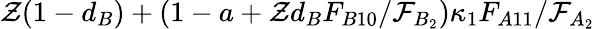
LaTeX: \mathcal{Z}(1-d_{B})+(1-a+\mathcal{Z}d_{B}F_{B10}/\mathcal{F}_{B_{2}})\kappa_{1}F_{A11}/\mathcal{F}_{A_{2}}